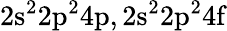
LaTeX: \mathrm{2s^{2}2p^{2}4p,2s^{2}2p^{2}4f}